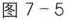
图7-5